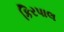
કિરપાલ